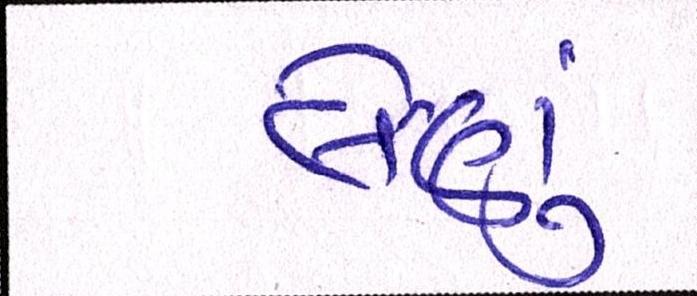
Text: લેણું